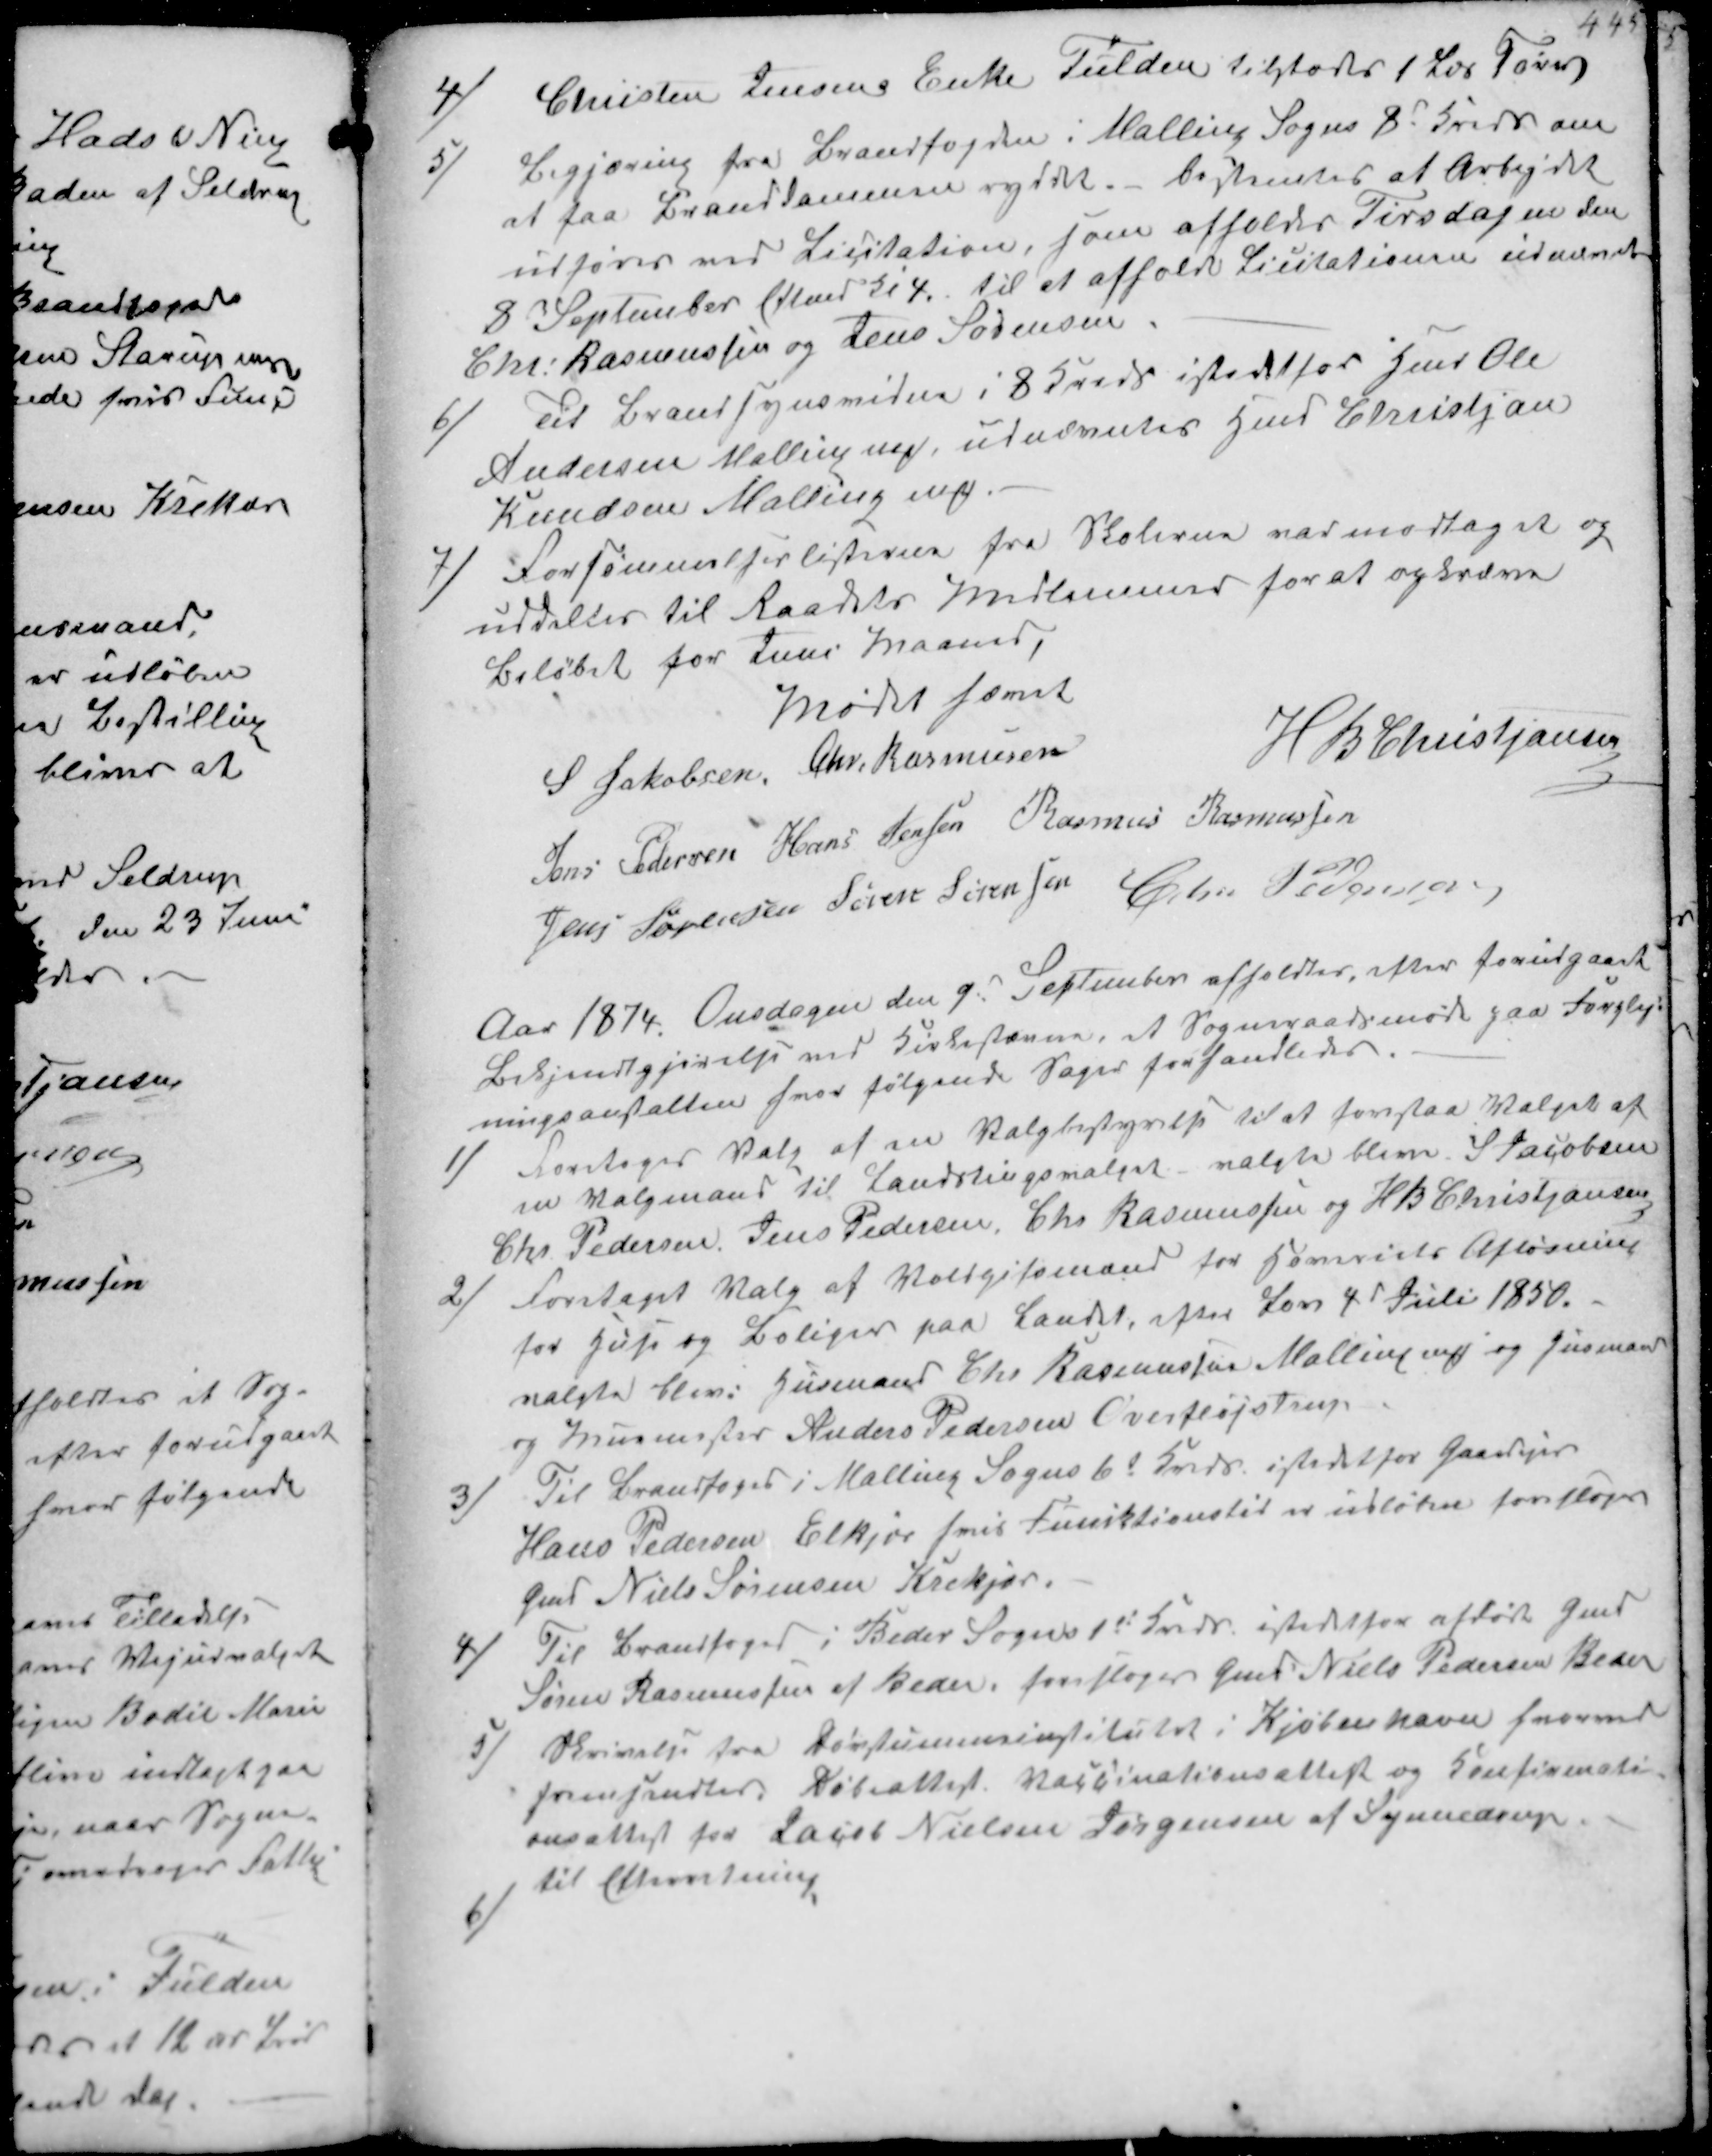
Transskription:
4/
Christen Jensens Enke Fulden tilstodes 1 Læs Tørv

5/
Begjæring fra Brandfogden i Malling Sogns 8d Kreds om
at faa Branddammen ryddet bestemtes at Arbejdet
udføres ved Licitation, som afholdes Tirddagen den
8 September Eftmd Kl 4. til at afholde Licitationen udnævntes
Chr. Rasmussen og Jens Sørensen

6/
Til Brandsynsvidne i 8 Kreds istedet for Jens Ole
Andersen Malling ₻ udnævntes Hmd Christjan
Knudsen Malling ₻

7/
Forsømmelseslisterne fra Skolerne var modtaget og
uddeltes til Raadets Medlemmer for at opkræve
Beløbet for Juni Maaned,

Mødet hævet
S Jakobsen Chr. Rasmussen
H B Christjansen
Jens Pedersen Hans Jensen Rasmus Rasmussen
Jens Sørensen Søren Sørensen Chr Pedersen

Aar 1874 Onsdagen den 9d September afholdtes efter forudgaaet
Bekjendtgjørelse ved Kirkestævne, et Sogneraadsmøde paa Forplej-
ningsanstalten hvor følgende Sager forhandledes.

1/
Foretages Valg af en Valgbestyrelse til at forestaa Valget af
en Valgmand til Landstingsvalget valgte bleve S Jacobeen
Chr Pedersen, Jens Pedersen, Chr Rasmussen og H B Christjansen
2/
Foretaget Valg af Voldgifsmænd for Hoveriets Afløsning
for Huse og Boliger paa Landet, efter Lov 4 Juli 1850.
valgte bleve Husmand Chr Rasmussen Malling ₻ og og Husmand 
og Murmester Anders Pedersen Overfløjstrup
3/
Til Brandfoged i Malling Sogns 6de Kreds istedet for Gaardejer
Hans Pedersen Elkjær hvis Funktionstid er udløben foreslages
Gmd Niels Sørensen Krekjær
4/
til Brandfoged i Beder Sogns 1d Kreds istedet for afdøde Gmd
Søren Rasmussen af Beder, foresloges Gmd Niels Pedersen Beder
5/
Skrivelse fra Døvstummeinstitutet i Kjøbenhavn hvorved
fremsendtes. Døveattest Vaccinationsettest og Konfirmnati-
onsansattest for Jacob Nielsen Jørgensen af Synnedrup
til Efterretning
6/